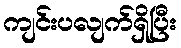
ကျင်းပလျက်ရှိပြီး